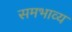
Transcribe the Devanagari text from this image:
समभाव्य